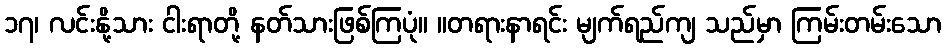
၁၇၊ လင်းနို့သား ငါးရာတို့ နတ်သားဖြစ်ကြပုံ။ ။တရားနာရင်း မျက်ရည်ကျ သည်မှာ ကြမ်းတမ်းသော